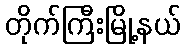
တိုက်ကြီးမြို့နယ်